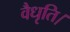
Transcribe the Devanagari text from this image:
वैधृति।